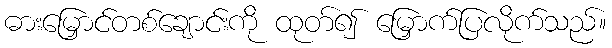
ဓားမြှောင်တစ်ချောင်းကို ထုတ်၍ မြှောက်ပြလိုက်သည်။